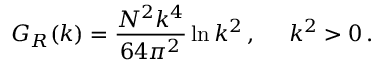
G _ { R } ( k ) = { \frac { N ^ { 2 } k ^ { 4 } } { 6 4 \pi ^ { 2 } } } \ln { k ^ { 2 } } \, , \; \; \; \; \; k ^ { 2 } > 0 \, .